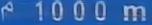
1000m